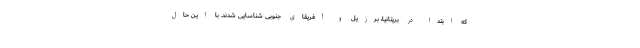
که ابتدا در بریتانیا، برزیل و آفریقای جنوبی شناسایی شدند. با این حال